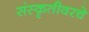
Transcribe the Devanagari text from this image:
संस्कृतीवरचे